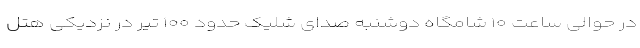
در حوالی ساعت ۱۰ شامگاه دوشنبه صدای شلیک حدود ۱۰۰ تیر در نزدیکی هتل